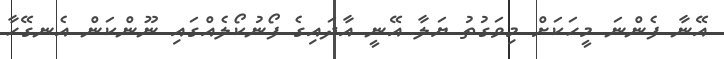
އޭނާ ފެންނަ މީހަކަށް މިވަގުތު ޔަލާ އޭނީ އާދައިގެ ފޯނުކޯލެއްގައި ނޫންކަން އެނގޭހާ